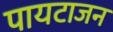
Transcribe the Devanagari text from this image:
पायटाजन